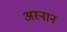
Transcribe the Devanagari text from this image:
अस्नान